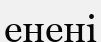
енені